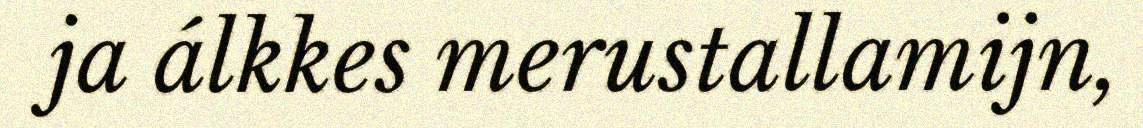
ja álkkes merustallamijn,